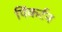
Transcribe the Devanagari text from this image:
पिंकर्टन